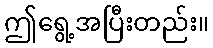
ဤရွေ့အပြီးတည်း။